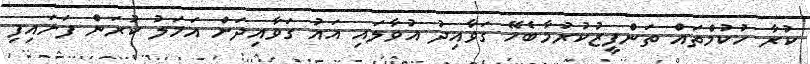
ކުރާ ހުކުމްތައް ތަންފީޒުކުރުމާބެހޭ ގަވާއިދު އުވާލައި އައު ގަވާއިދަށް އަމަލު ކުރަން ފަށައިފި